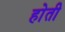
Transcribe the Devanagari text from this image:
हाेती